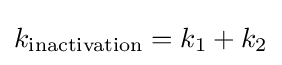
k_{\mathrm {inactivation} }=k_{1}+k_{2}